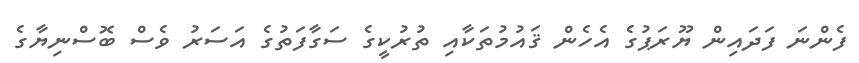
ފެންނަ ފަދައިން ޔޫރަޕުގެ އެހެން ޤައުމުތަކާއި ތުރުކީގެ ސަގާފަތުގެ އަސަރު ވެސް ބޮސްނިޔާގެ